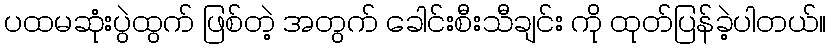
ပထမဆုံးပွဲထွက် ဖြစ်တဲ့ အတွက် ခေါင်းစီးသီချင်း ကို ထုတ်ပြန်ခဲ့ပါတယ်။